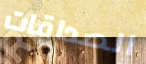
الصداقات